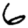
Digit: 6